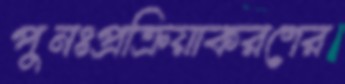
পুনঃপ্রক্রিয়াকরণের